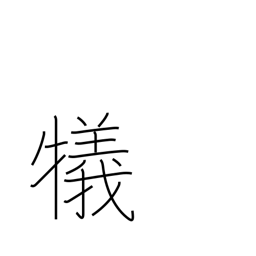
Meaning: sacrifice